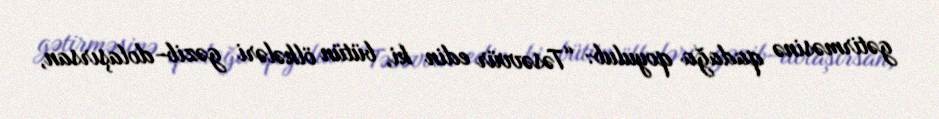
gətirməsinə qadağa qoyulub: “Təsəvvür edin ki, bütün ölkələri gəzib-dolaşırsan,